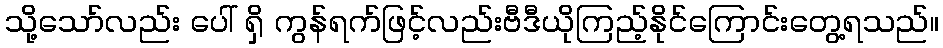
သို့သော်လည်း ပေါ် ရှိ ကွန်ရက်ဖြင့်လည်းဗီဒီယိုကြည့်နိုင်ကြောင်းတွေ့ရသည်။